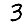
Digit: 3